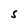
Character: S